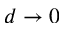
d \rightarrow 0